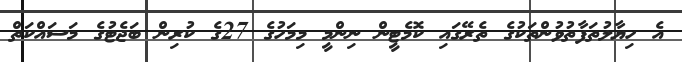
އެ ހިޔާލުތަފާތުވުންތަކުގެ ތެރޭގައި ކޮމެޓީން ނިންމީ މިމަހުގެ 27ގެ ކުރިން ބަޖެޓުގެ މަސައްކަތް